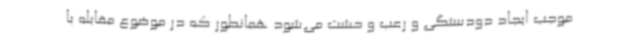
موجب ایجاد دودستگی و رعب و حشت می‌شود همانطور که در موضوع مقابله با